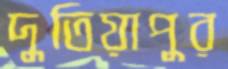
দুতিয়াপুর